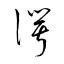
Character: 諤